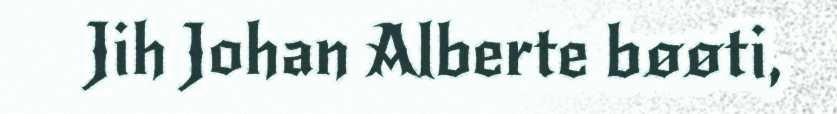
Jih Johan Alberte bøøti,